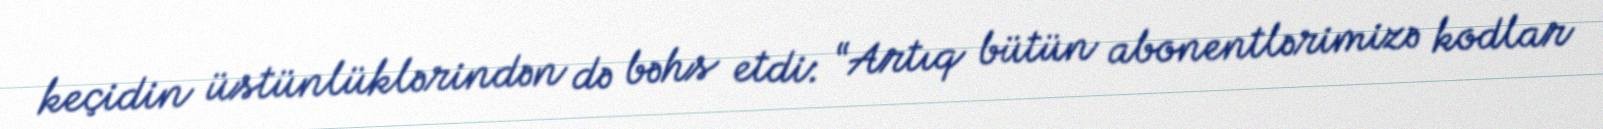
keçidin üstünlüklərindən də bəhs etdi: “Artıq bütün abonentlərimizə kodlar